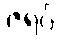
ဇရပ်